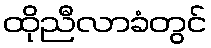
ထိုညီလာခံတွင်